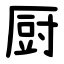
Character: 厨